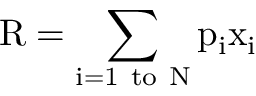
{ \mathrm { R } } = \sum _ { \mathrm { i = 1 ~ t o ~ N } } { \mathrm { p } } _ { \mathrm { i } } { \mathrm { x } } _ { \mathrm { i } }